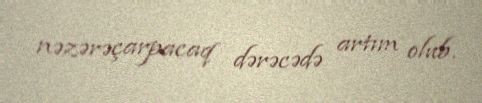
nəzərəçarpacaq dərəcədə artım olub.